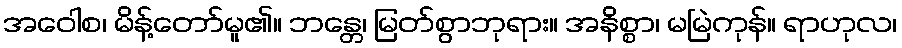
အဝေါစ၊ မိန့်တော်မူ၏။ ဘန္တေ၊ မြတ်စွာဘုရား။ အနိစ္စာ၊ မမြဲကုန်။ ရာဟုလ၊